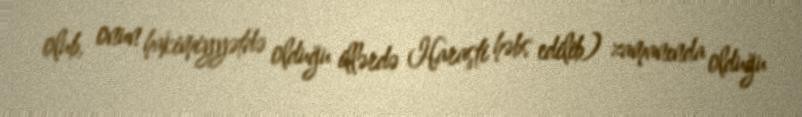
olub, onun hakimiyyətdə olduğu illərdə Haraşti həbs edilib) zamanında olduğu